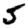
Digit: 5